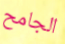
الجامح